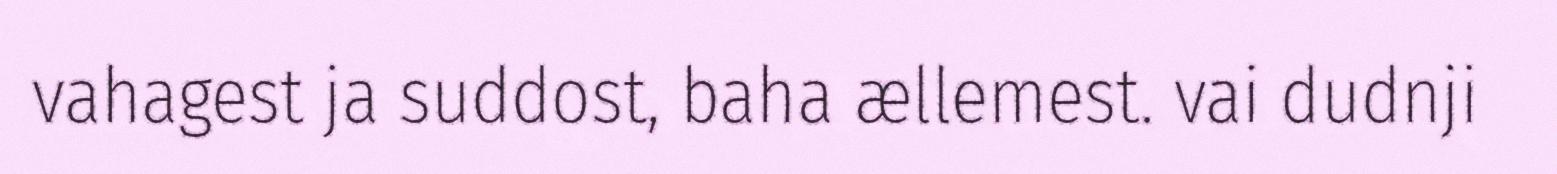
vahagest ja suddost, baha ællemest. vai dudnji